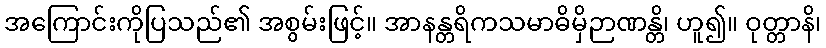
အကြောင်းကိုပြသည်၏ အစွမ်းဖြင့်။ အာနန္တရိကသမာဓိမှိဉာဏန္တိ၊ ဟူ၍။ ဝုတ္တာနိ၊